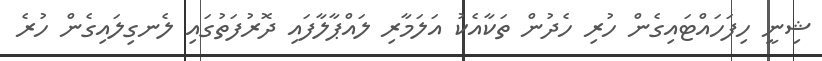
ޝިނީ ހިފަހައްޓައިގެން ހުރި ހެދުން ތަކާއެކު އަލަމާރި ލައްޕާލާފައި ދޮރުފަތުގައި ލެނގިލައިގެން ހުރެ